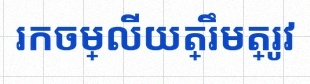
រកចម្លើយត្រឹមត្រូវ